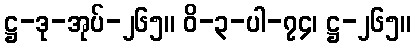
ဋ္ဌ-ဒု-အုပ်-၂၆၅။ ဝိ-၃-ပါ-၇၄၊ ဋ္ဌ-၂၆၅။